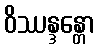
ဝိဿန္ဒန္တော